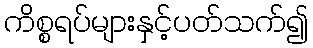
ကိစ္စရပ်များနှင့်ပတ်သက်၍